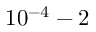
1 0 ^ { - 4 } - 2